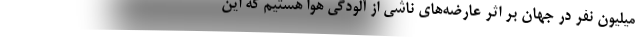
میلیون نفر در جهان بر اثر عارضه‌های ناشی از آلودگی هوا هستیم که این